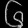
Digit: ၆